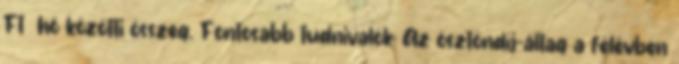
Ft hó közötti összeg. Fontosabb tudnivalók: Az ösztöndíj-áltag a félévben